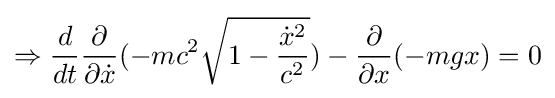
\Rightarrow {\frac {d}{dt}}{\frac {\partial }{\partial {\dot {x}}}}(-mc^{2}{\sqrt {1-{\frac {{\dot {x}}^{2}}{c^{2}}}}})-{\frac {\partial }{\partial x}}(-mgx)=0